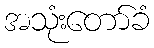
အသုံးတော်ခံ